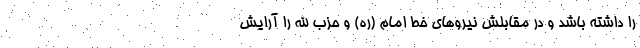
را داشته باشد و در مقابلش نیروهای خط امام (ره) و حزب الله را آرایش